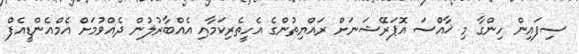
ސިފައިން ހިންގާ މި ޚާއްސަ އޮޕަރޭޝަނަށް ރައްޔިތުންގެ އެހީތެރިކަމާއި އެއްބާރުލުން ދެއްވުމަށް އެމްއެންޑީއެފް